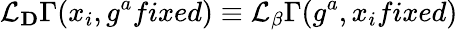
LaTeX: {\cal\mathcal{L}}_{\mathbf{D}}\Gamma(x_{i},g^{a}fixed)\equiv{\cal\mathcal{L}}_{\mathbf{\beta}}\Gamma(g^{a},x_{i}fixed)